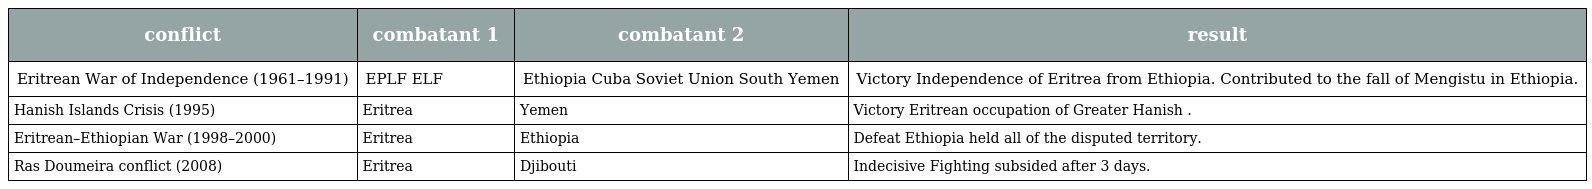
| conflict | combatant 1 | combatant 2 | result |
 | --- | --- | --- | --- |
 | Eritrean War of Independence (1961–1991) | EPLF ELF | Ethiopia Cuba Soviet Union South Yemen | Victory Independence of Eritrea from Ethiopia. Contributed to the fall of Mengistu in Ethiopia. |
 | Hanish Islands Crisis (1995) | Eritrea | Yemen | Victory Eritrean occupation of Greater Hanish . |
 | Eritrean–Ethiopian War (1998–2000) | Eritrea | Ethiopia | Defeat Ethiopia held all of the disputed territory. |
 | Ras Doumeira conflict (2008) | Eritrea | Djibouti | Indecisive Fighting subsided after 3 days. |